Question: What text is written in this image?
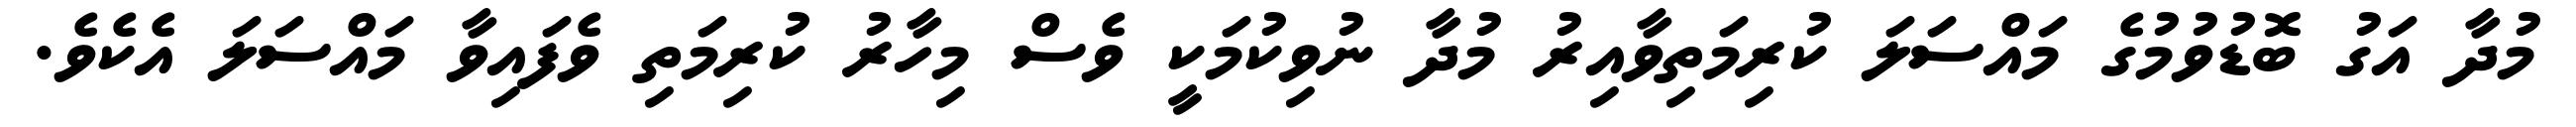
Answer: މުދާ އަގު ބޮޑުވުމުގެ މައްސަލަ ކުރިމަތިވާއިރު މުދާ ނުވިކުމަކީ ވެސް މިހާރު ކުރިމަތި ވެފައިވާ މައްސަލަ އެކެވެ.